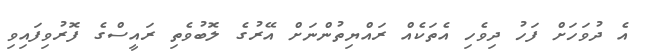
އެ ދުވަހަށް ފަހު ދިވެހި އެތަކެއް ރައްޔިތުންނަށް އޭރުގެ ލޮބުވެތި ރައީސްގެ ފޮރުވިފައިވި